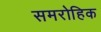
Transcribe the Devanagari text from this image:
समरोहिक